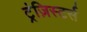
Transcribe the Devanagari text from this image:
ट्रंज़िस्टर्स